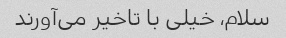
سلام، خیلی با تاخیر می‌آورند